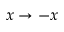
x \to - x